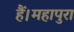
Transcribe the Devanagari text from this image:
हैं।महापुरा